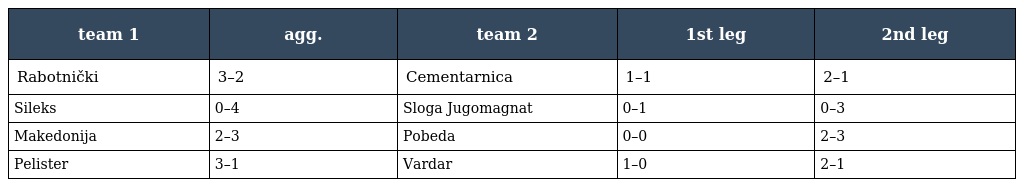
| team 1 | agg. | team 2 | 1st leg | 2nd leg |
 | --- | --- | --- | --- | --- |
 | Rabotnički | 3–2 | Cementarnica | 1–1 | 2–1 |
 | Sileks | 0–4 | Sloga Jugomagnat | 0–1 | 0–3 |
 | Makedonija | 2–3 | Pobeda | 0–0 | 2–3 |
 | Pelister | 3–1 | Vardar | 1–0 | 2–1 |